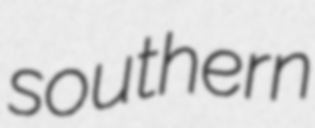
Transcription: southern